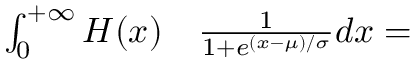
\begin{array} { r l } { \int _ { 0 } ^ { + \infty } H ( x ) } & { { } \frac { 1 } { 1 + e ^ { ( x - \mu ) / \sigma } } d x = } \end{array}